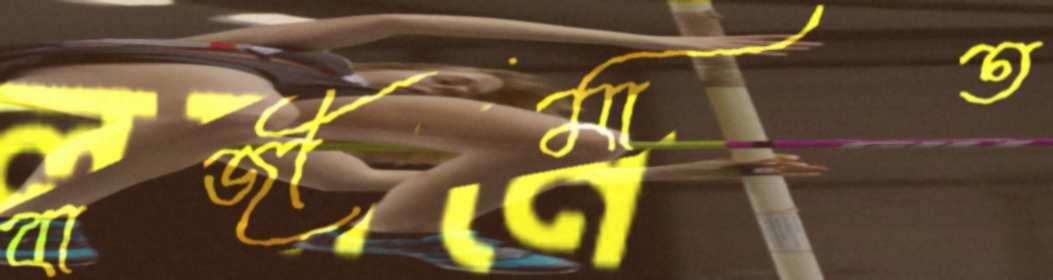
বাজীমাত